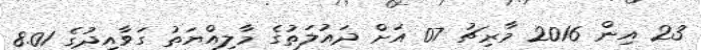
23 އިން 2016 މާރިޗު 07 އަށް ދައުލަތުގެ މާލިއްޔަތު ގަވާއިދުގެ 8.01